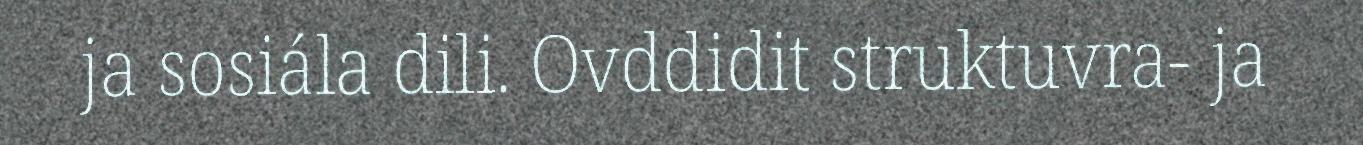
ja sosiála dili. Ovddidit struktuvra- ja